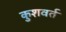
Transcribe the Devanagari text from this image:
कुशवर्त